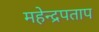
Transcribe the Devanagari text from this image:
महेन्द्रपताप